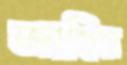
জাহিদা